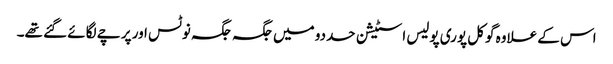
اس کے علاوہ گوکل پوری پولیس اسٹیشن حددو میں جگہ جگہ نوٹس اور پرچے لگائے گئے تھے۔